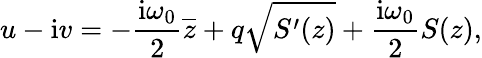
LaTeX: u-\mathrm{i}v=-{\frac{\mathrm{i}\omega_{0}}{2}}\overline{{z}}+q\sqrt{S^{\prime}(z)}+{\frac{\mathrm{i}\omega_{0}}{2}}S(z),